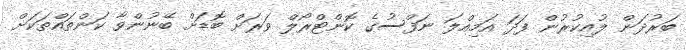
ބަރުދަން ލުއިކުރުން ފަދަ އަމިއްލަ ނަފްސުގެ ކޮންޓްރޯލް ވަރަށް ބޮޑަށް ބޭނުންވާ ކަންތައްތަކަށް